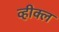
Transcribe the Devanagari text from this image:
व्हीक्ल